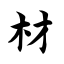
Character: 材